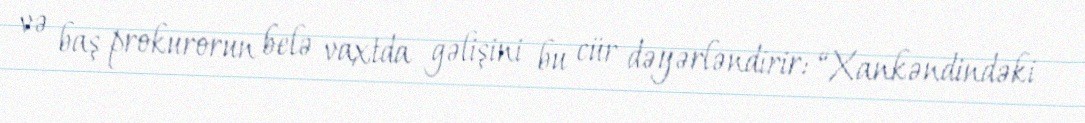
və baş prokurorun belə vaxtda gəlişini bu cür dəyərləndirir: “Xankəndindəki